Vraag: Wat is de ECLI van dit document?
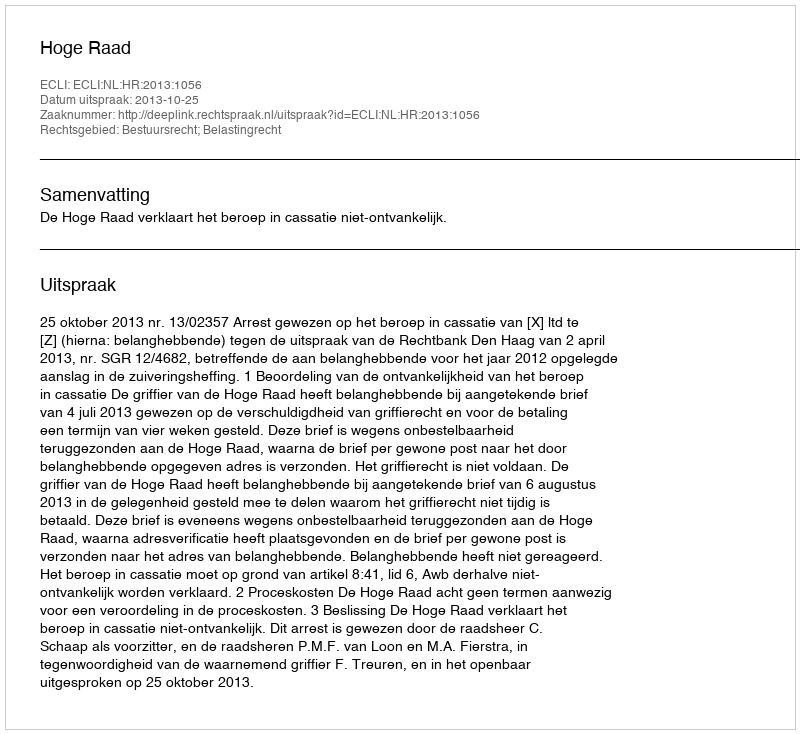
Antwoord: ECLI:NL:HR:2013:1056